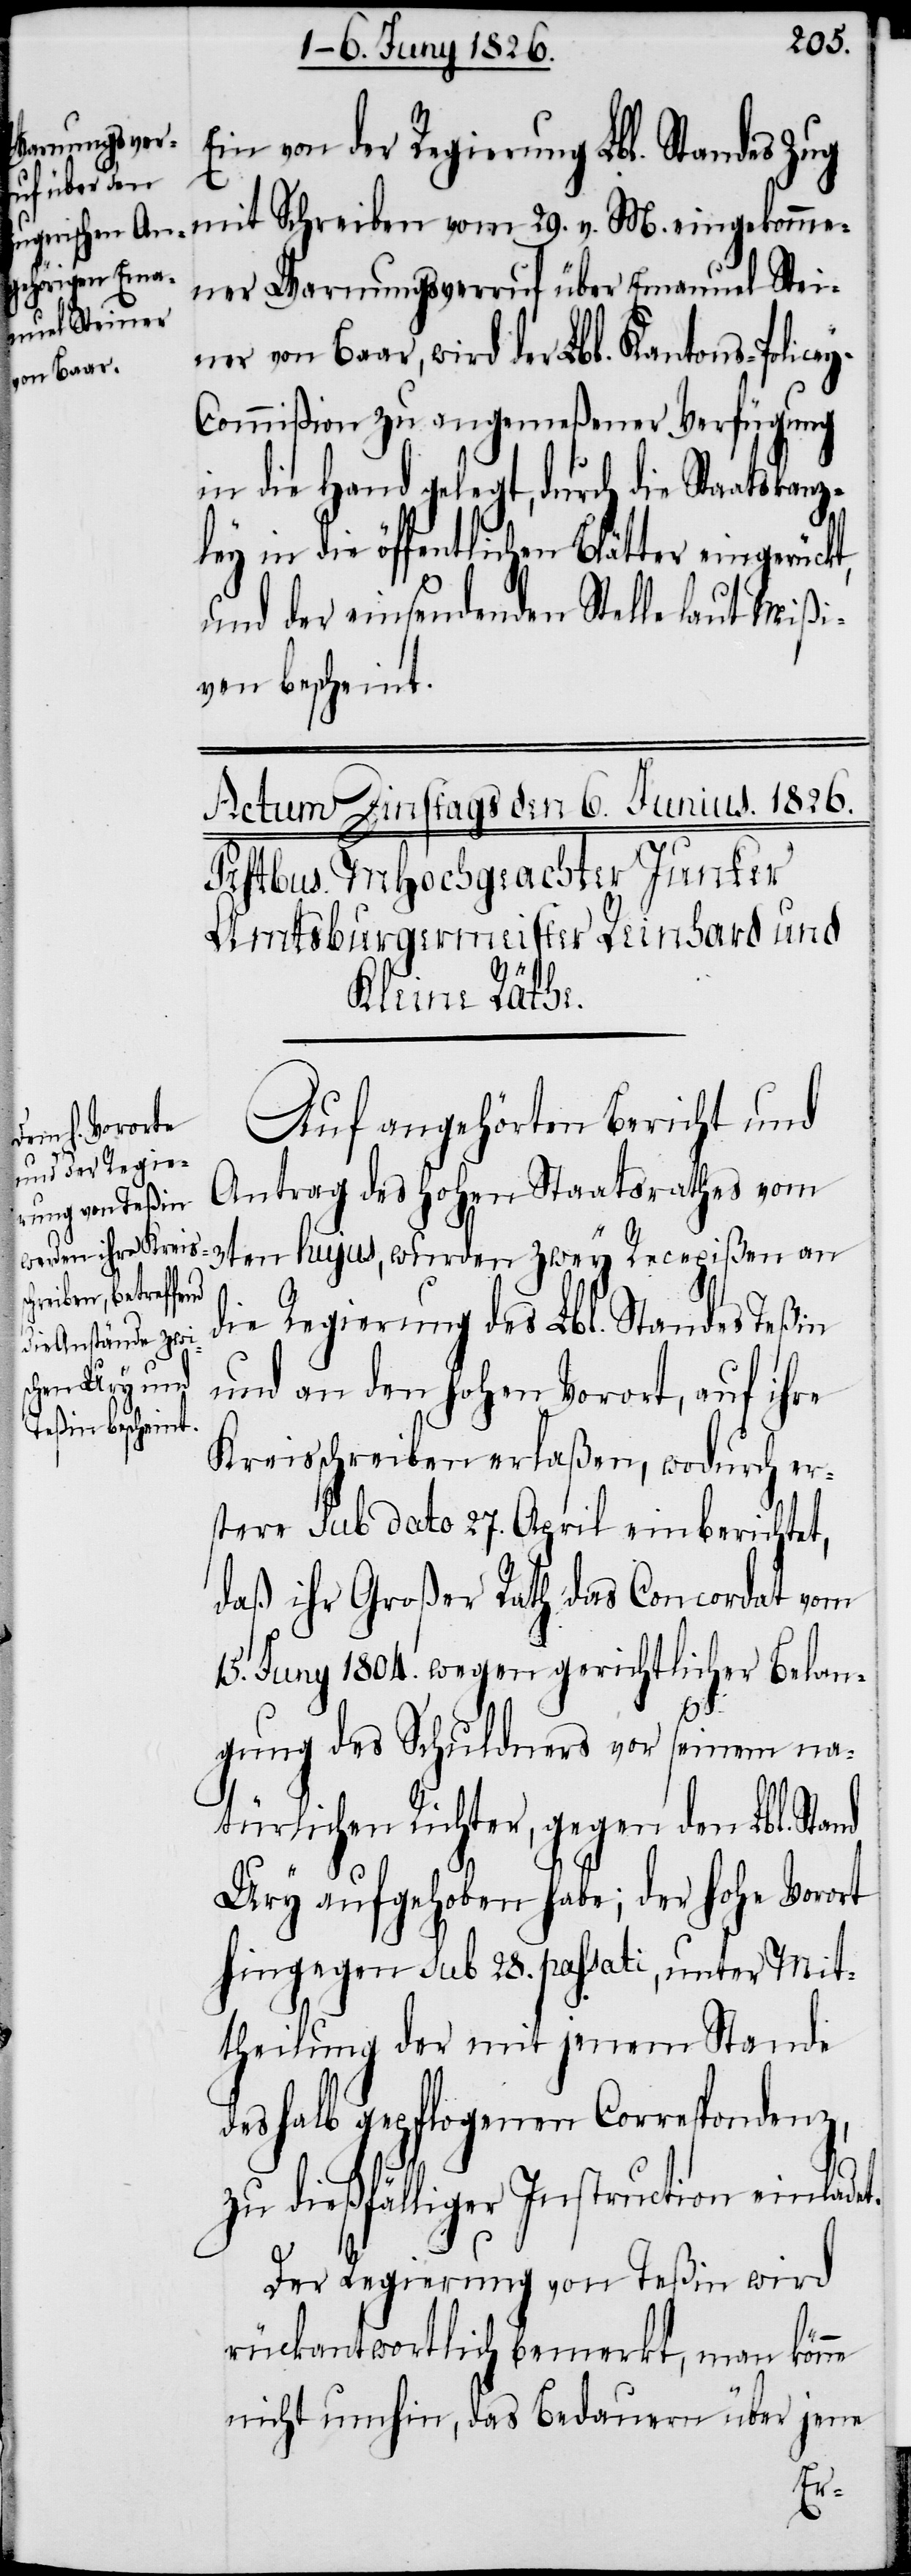
29.
Ein von der Regierung Lbl. Standes Zug
Schreiben
ner Warnungsverruf über Emanuel Stei¬
ner von Baar, wird der Lbl. Kantons-Police¬
y-Commißion zu angemeßener Verfügung
in die Hand gelegt, durch die Staatskanz¬
ley in die öffentlichen Blätter eingerückt,
und der einsendenden Stelle laut Mißi¬
ven bescheint.
eingekomme¬
Auf angehörten Bericht und
nd
Antrag des hohen Staatsrathes vom
3ten hujus, wurden zwey Recepißen an
die Regierung des Lbl. Standes Teßin
und an den hohen Vorort, auf ihre
Kreisschreiben erlaßen, wodurch er¬
stere sub dato 27. April einberichtet,
daß ihr Großer Rath das Concordat vom
15. Juny 1804. wegen gerichtlicher Belan¬
M.
gung des Schuldners vor seinem na¬
türlichen Richter, gegen den Lbl. Sta¬
Ury aufgehoben habe; der hohe Vorort
hingegen sub 28. passati, unter Mit¬
theilung der mit jenem Stande
deshalb gepflogenen Correspondenz,
zu dießfälliger Instruction einladet.
Der Regierung von Teßin wird
rückantwortlich bemerkt, man könne
nicht umhin, das Bedauern über jene